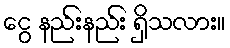
ငွေ နည်းနည်း ရှိသလား။